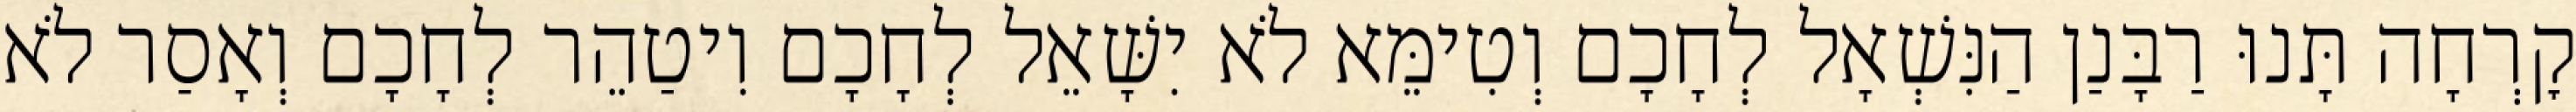
קׇרְחָה תָּנוּ רַבָּנַן הַנִּשְׁאָל לְחָכָם וְטִימֵּא לֹא יִשָּׁאֵל לְחָכָם וִיטַהֵר לְחָכָם וְאָסַר לֹא